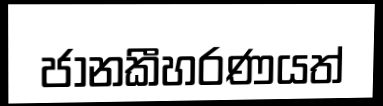
ජානකීහරණයත්